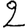
Digit: 2